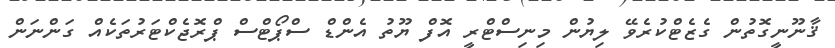
ޤާނޫނީގޮތުން ގެޒެޓްކުރެވޭ ލިޔުން މިނިސްޓްރީ އޮފް ޔޫތު އެންޑް ސްޕޯޓްސް ޕްރޮޖެކްޓަރުތަކެއް ގަންނަން